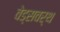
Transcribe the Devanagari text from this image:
वेड्सवर्थ